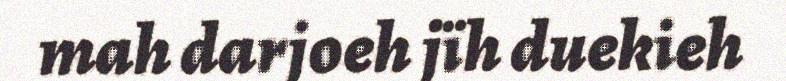
mah darjoeh jïh duekieh